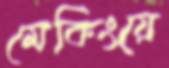
মেকিংয়ে